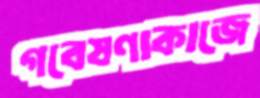
গবেষণাকাজে